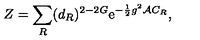
Z = \sum _ { R } ( d _ { R } ) ^ { 2 - 2 G } \mathrm { e } ^ { - { \frac { 1 } { 2 } } g ^ { 2 } { \cal A } C _ { R } } ,